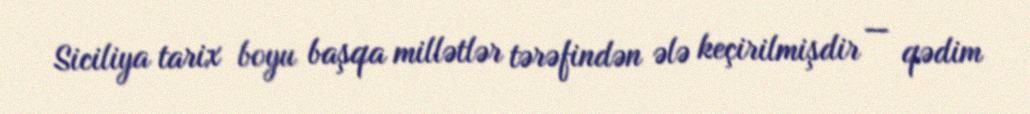
Siciliya tarix boyu başqa millətlər tərəfindən ələ keçirilmişdir — qədim